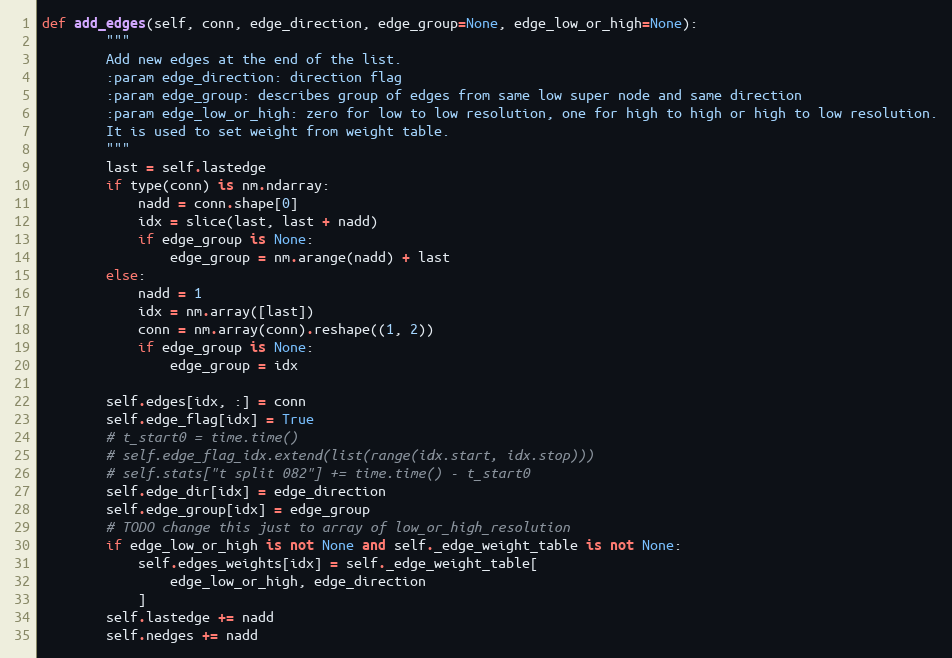
Language: Python
def add_edges(self, conn, edge_direction, edge_group=None, edge_low_or_high=None):
        """
        Add new edges at the end of the list.
        :param edge_direction: direction flag
        :param edge_group: describes group of edges from same low super node and same direction
        :param edge_low_or_high: zero for low to low resolution, one for high to high or high to low resolution.
        It is used to set weight from weight table.
        """
        last = self.lastedge
        if type(conn) is nm.ndarray:
            nadd = conn.shape[0]
            idx = slice(last, last + nadd)
            if edge_group is None:
                edge_group = nm.arange(nadd) + last
        else:
            nadd = 1
            idx = nm.array([last])
            conn = nm.array(conn).reshape((1, 2))
            if edge_group is None:
                edge_group = idx

        self.edges[idx, :] = conn
        self.edge_flag[idx] = True
        # t_start0 = time.time()
        # self.edge_flag_idx.extend(list(range(idx.start, idx.stop)))
        # self.stats["t split 082"] += time.time() - t_start0
        self.edge_dir[idx] = edge_direction
        self.edge_group[idx] = edge_group
        # TODO change this just to array of low_or_high_resolution
        if edge_low_or_high is not None and self._edge_weight_table is not None:
            self.edges_weights[idx] = self._edge_weight_table[
                edge_low_or_high, edge_direction
            ]
        self.lastedge += nadd
        self.nedges += nadd